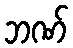
ဘဏ်